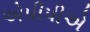
એપીપીએ